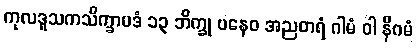
ကုလဒူသကသိက္ခာပဒံ ၁၃ ဘိက္ခု ပနေဝ အညတရံ ဂါမံ ဝါ နိဂမံ